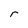
Character: r